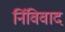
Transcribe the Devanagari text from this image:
र्निविवाद